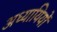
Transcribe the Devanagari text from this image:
अध्यायियों